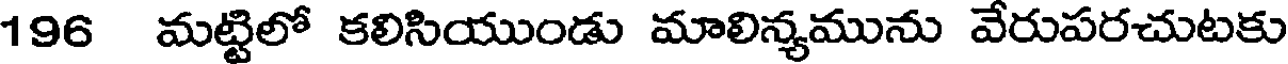
196 మట్టిలో కలిసియుండు మాలిన్యమును వేరుపరచుటకు